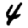
Digit: 4